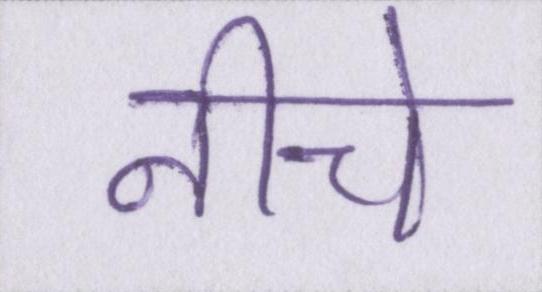
नीचे